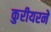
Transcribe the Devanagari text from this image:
कुरीयरने